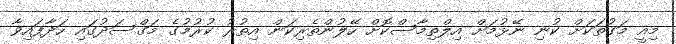
މިއީ މަގުތަކަށް ކުނި ނޭޅުމަށް އިލްތިމާސްކޮށް ހޭލުންތެރިކަން އިތުރު ކުރުމުގެ މަގްސަދުގައި ހަދާފައިވާ